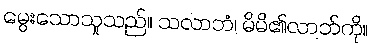
မွေးသောသူသည်။ သလာဘံ၊ မိမိ၏လာဘ်ကို။